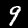
Digit: 9